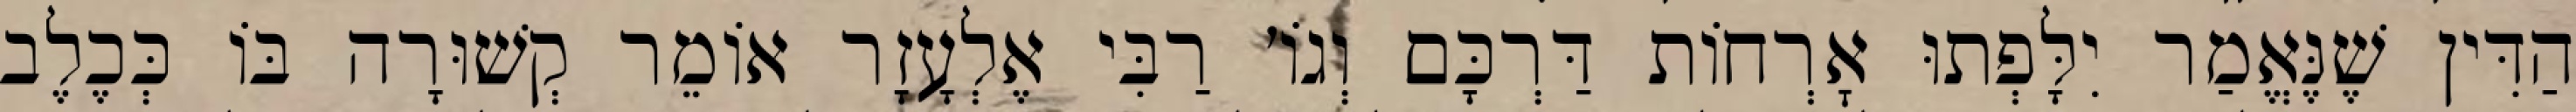
הַדִּין שֶׁנֶּאֱמַר יִלָּפְתוּ אׇרְחוֹת דַּרְכָּם וְגוֹ׳ רַבִּי אֶלְעָזָר אוֹמֵר קְשׁוּרָה בּוֹ כְּכֶלֶב